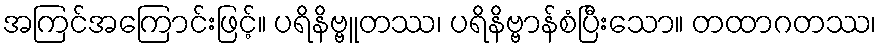
အကြင်အကြောင်းဖြင့်။ ပရိနိဗ္ဗူတဿ၊ ပရိနိဗ္ဗာန်စံပြီးသော။ တထာဂတဿ၊